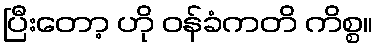
ပြီးတော့ ဟို ဝန်ခံကတိ ကိစ္စ။